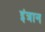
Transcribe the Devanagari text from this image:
इंत्रान